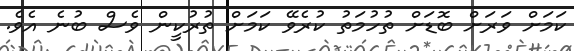
ކަމަށް ވަރަށް ބޮޑަށް ތުހުމަތު ކުރެވޭ ކަމަށް ތުރުކީން ވެސް ބުނެ އެވެ.